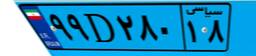
۵۲D۸۴۵۰۳